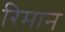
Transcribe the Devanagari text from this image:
रिमान